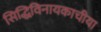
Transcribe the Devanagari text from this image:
सिद्धिविनायकाचीया